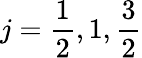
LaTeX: j=\frac 12,1,\frac 32